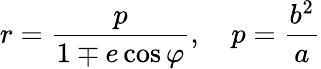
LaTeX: r={\frac{p}{1\mp e\cos\varphi}},\quad p={\frac{b^{2}}{a}}